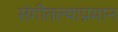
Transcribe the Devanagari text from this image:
संगीतल्याप्रमान